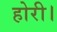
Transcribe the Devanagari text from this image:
होरी।